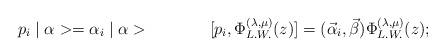
LaTeX: \begin{align*}p_{i} \mid\alpha> = \alpha_{i} \mid\alpha> \hspace{15mm} [ p_{i} ,\Phi_{L.W.}^{(\lambda,\mu)}(z) ] = ( \vec\alpha_{i} , \vec\beta )\Phi_{L.W.}^{(\lambda,\mu)}(z) ;\end{align*}